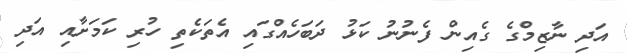
އަދި ނާޒިމްގެ ގެއިން ފެނުނު ކަޅު ދަބަހެއްގައި އެތަކެތި ހުރި ކަމަށާއި އަދި